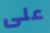
على